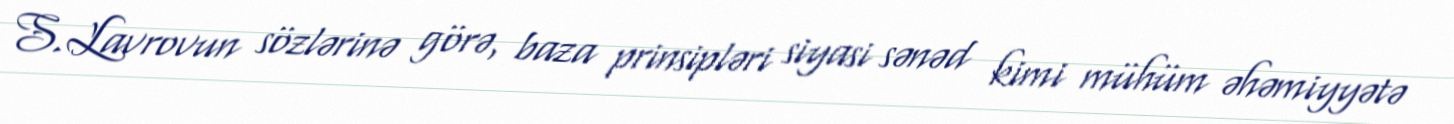
S.Lavrovun sözlərinə görə, baza prinsipləri siyasi sənəd kimi mühüm əhəmiyyətə